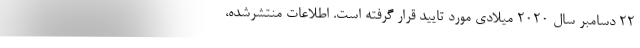
22 دسامبر سال 2020 میلادی مورد تایید قرار گرفته است. اطلاعات منتشرشده،